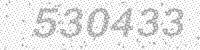
Solution: 530433